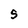
Character: 5